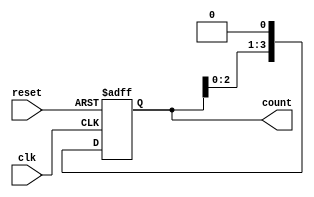
module ring_counter(
    input wire clk,
    input wire reset,
    output reg [N-1:0] count
);

parameter N = 4;

always @(posedge clk or posedge reset) begin
    if (reset) begin
        count <= 1'b1;
    end else begin
        count <= count << 1;
    end
end

endmodule